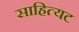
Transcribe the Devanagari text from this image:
साहित्यट